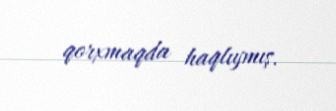
qorxmaqda haqlıymış.